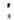
: